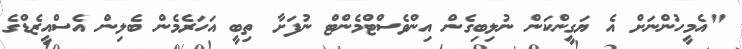
"އެމީހުންނަށް އެ ޔަގީންކަން ނުލިބިގެން އިންވެސްޓްމެންޓް ނުފަށާ ތިބީ އަހަރެމެން ބެލިން އެސްއީޒެޑްގެ